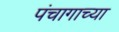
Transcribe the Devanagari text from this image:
पंचागाच्या